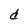
Character: d